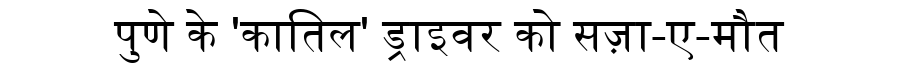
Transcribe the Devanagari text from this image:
पुणे के 'कातिल' ड्राइवर को सज़ा-ए-मौत